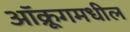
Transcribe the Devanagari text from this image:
ऑक्रूगमधील